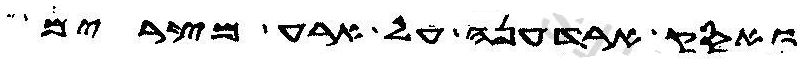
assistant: ואסק ארדעניה על ארע מצרים